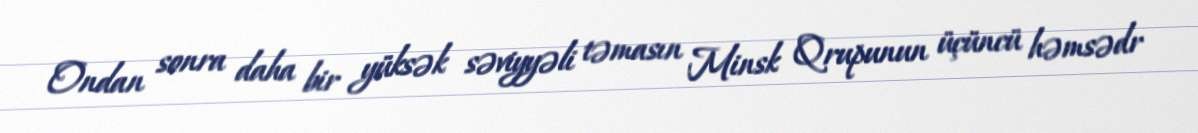
Ondan sonra daha bir yüksək səviyyəli təmasın Minsk Qrupunun üçüncü həmsədr